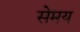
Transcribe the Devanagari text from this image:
सेमय